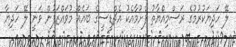
ލޭ ހަދިޔަކުރުމުގެ ރަސްމިއްޔާތު ފެށުމާއެކު އެޗްޑީސީގެ ބައެއް މުވައްޒަފުން ވަނީ ލޭ ހަދިޔާ